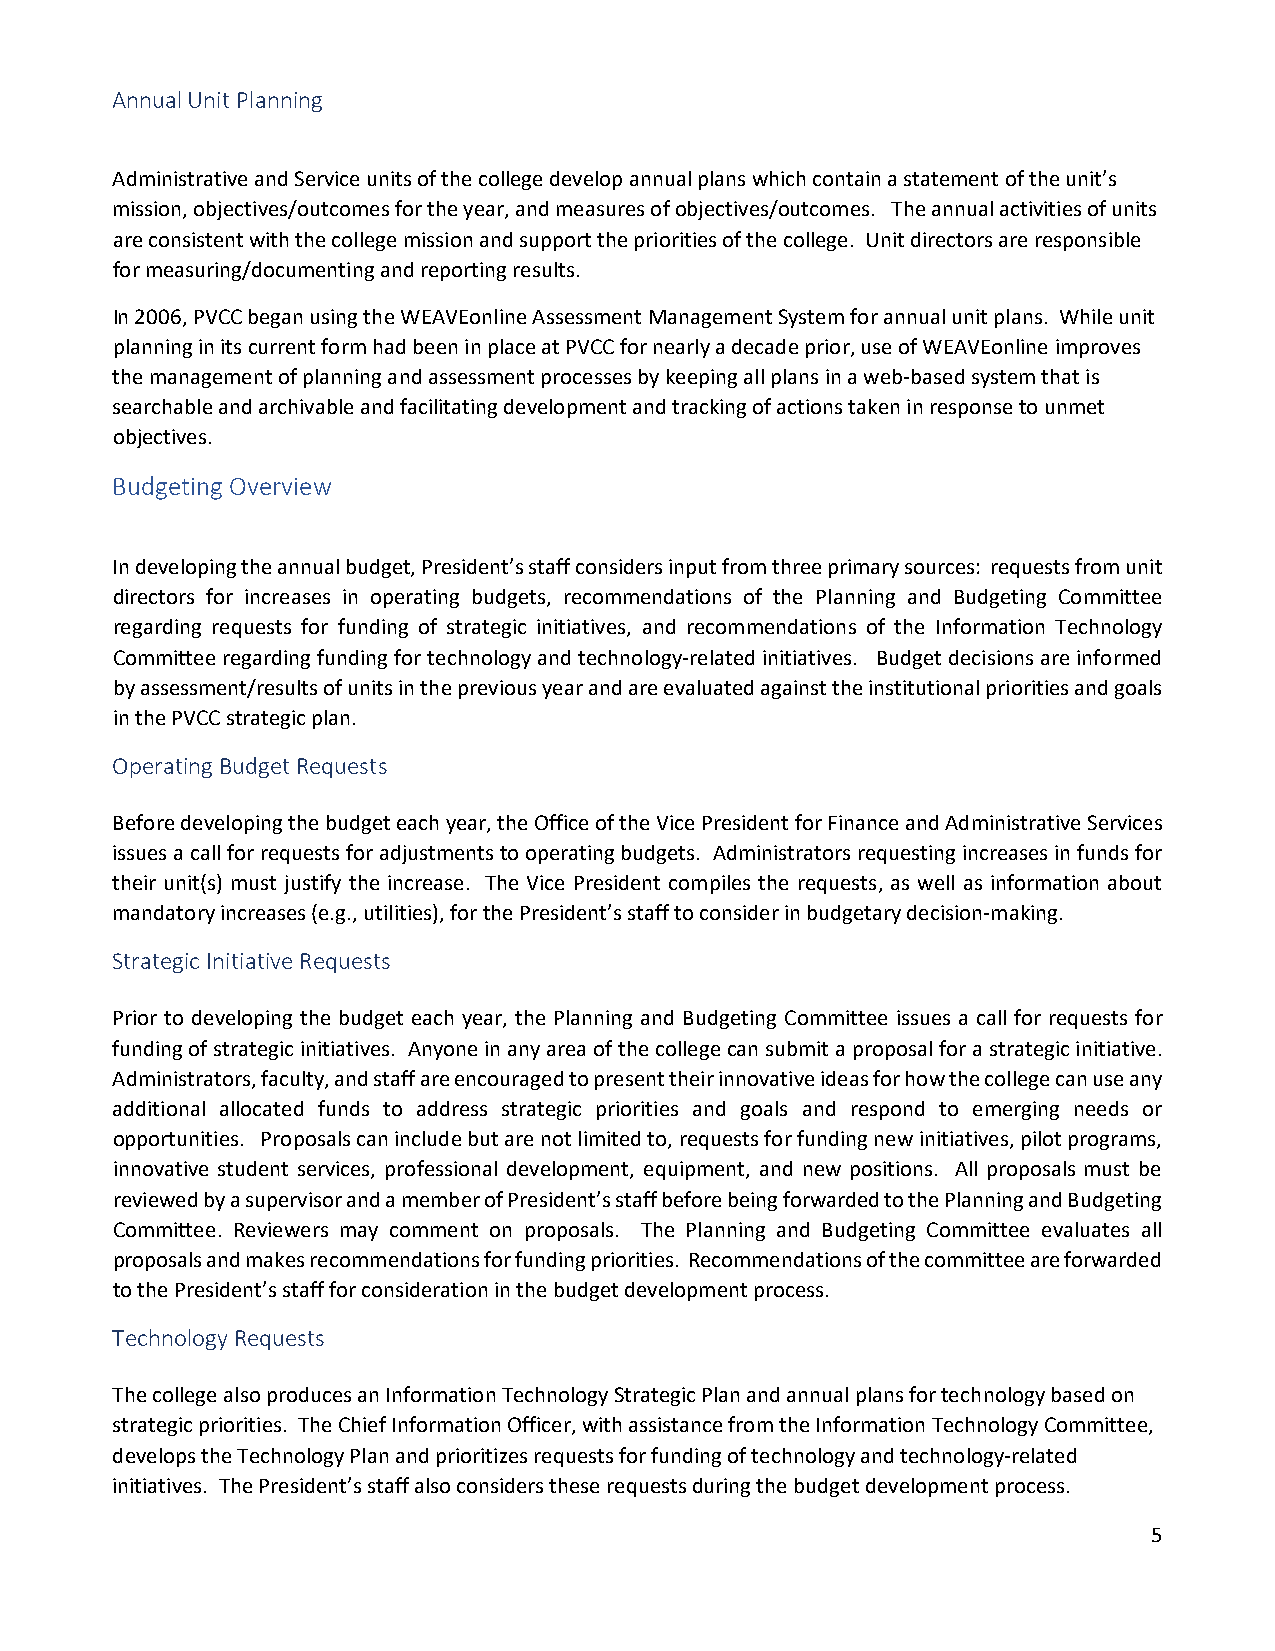
Annual Unit Planning
 Administrative and Service units of the college develop annual plans which contain a statement of the unit’s
 mission, objectives/outcomes for the year, and measures of objectives/outcomes. The annual activities of units
 are consistent with the college mission and support the priorities of the college. Unit directors are responsible
 for measuring/documenting and reporting results.
 In 2006, PVCC began using the WEAVEonline Assessment Management System for annual unit plans. While unit
 planning in its current form had been in place at PVCC for nearly a decade prior, use of WEAVEonline improves
 the management of planning and assessment processes by keeping all plans in a web-based system that is
 searchable and archivable and facilitating development and tracking of actions taken in response to unmet
 objectives.
 Budgeting Overview
 In developing the annual budget, President’s staff considers input from three primary sources: requests from unit
 directors for increases in operating budgets, recommendations of the Planning and Budgeting Committee
 regarding requests for funding of strategic initiatives, and recommendations of the Information Technology
 Committee regarding funding for technology and technology-related initiatives. Budget decisions are informed
 by assessment/results of units in the previous year and are evaluated against the institutional priorities and goals
 in the PVCC strategic plan.
 Operating Budget Requests
 Before developing the budget each year, the Office of the Vice President for Finance and Administrative Services
 issues a call for requests for adjustments to operating budgets. Administrators requesting increases in funds for
 their unit(s) must justify the increase. The Vice President compiles the requests, as well as information about
 mandatory increases (e.g., utilities), for the President’s staff to consider in budgetary decision-making.
 Strategic Initiative Requests
 Prior to developing the budget each year, the Planning and Budgeting Committee issues a call for requests for
 funding of strategic initiatives. Anyone in any area of the college can submit a proposal for a strategic initiative.
 Administrators, faculty, and staff are encouraged to present their innovative ideas for how the college can use any
 additional allocated funds to address strategic priorities and goals and respond to emerging needs or
 opportunities. Proposals can include but are not limited to, requests for funding new initiatives, pilot programs,
 innovative student services, professional development, equipment, and new positions. All proposals must be
 reviewed by a supervisor and a member of President’s staff before being forwarded to the Planning and Budgeting
 Committee. Reviewers may comment on proposals. The Planning and Budgeting Committee evaluates all
 proposals and makes recommendations for funding priorities. Recommendations of the committee are forwarded
 to the President’s staff for consideration in the budget development process.
 Technology Requests
 The college also produces an Information Technology Strategic Plan and annual plans for technology based on
 strategic priorities. The Chief Information Officer, with assistance from the Information Technology Committee,
 develops the Technology Plan and prioritizes requests for funding of technology and technology-related
 initiatives. The President’s staff also considers these requests during the budget development process.
 5